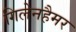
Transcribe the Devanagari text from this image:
गिलेनहैमर